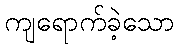
ကျရောက်ခဲ့သော